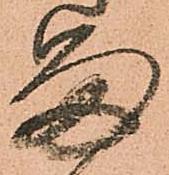
留